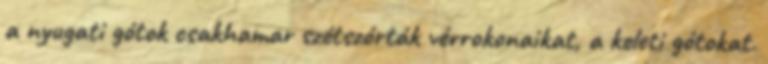
a nyugati gótok csakhamar szétszórták vérrokonaikat, a keleti gótokat.